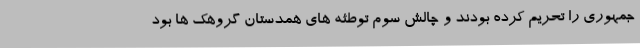
جمهوری را تحریم کرده بودند و چالش سوم توطئه های همدستان گروهک ها بود